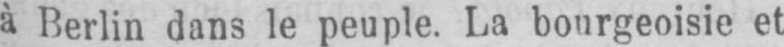
à Berlin dans le peuple. La bourgeoisie et